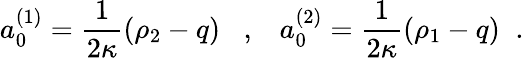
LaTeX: a_{0}^{(1)}=\frac{1}{2\kappa}(\rho_{2}-q)\; \; \; ,\; \; \; a_{0}^{(2)}=\frac{1}{2\kappa}(\rho_{1}-q)\; \; .